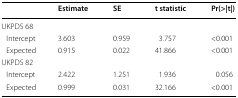
<table><thead><tr><td></td><td><b>Estimate</b></td><td><b>SE</b></td><td><b>t statistic</b></td><td><b>Pr(&gt;|t|)</b></td></tr></thead><tbody><tr><td colspan="5">UKPDS 68</td></tr><tr><td> Intercept</td><td>3.603</td><td>0.959</td><td>3.757</td><td>&lt;0.001</td></tr><tr><td> Expected</td><td>0.915</td><td>0.022</td><td>41.866</td><td>&lt;0.001</td></tr><tr><td colspan="5">UKPDS 82</td></tr><tr><td> Intercept</td><td>2.422</td><td>1.251</td><td>1.936</td><td>0.056</td></tr><tr><td> Expected</td><td>0.999</td><td>0.031</td><td>32.166</td><td>&lt;0.001</td></tr></tbody></table>